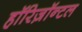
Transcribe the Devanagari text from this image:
हॉरिज़ॉन्टल